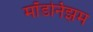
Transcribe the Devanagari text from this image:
मॉडर्निझम